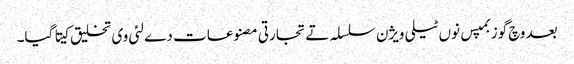
بعد وچ گوزبمپس نو‏‏ں ٹیلی ویژن سلسلہ تے تجارتی مصنوعات دے لئی وی تخلیق کیتا گیا۔